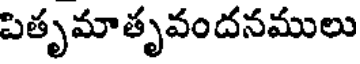
పితృమాతృవందనములు